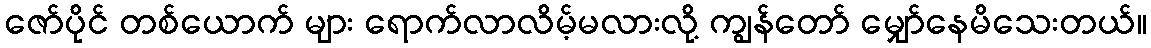
ဇော်ပိုင် တစ်ယောက် များ ရောက်လာလိမ့်မလားလို့ ကျွန်တော် မျှော်နေမိသေးတယ်။